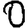
Digit: 0